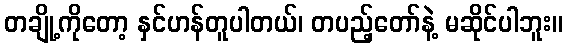
တချို့ကိုတော့ နှင်ဟန်တူပါတယ်၊ တပည့်တော်နဲ့ မဆိုင်ပါဘူး။